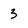
Character: 3